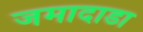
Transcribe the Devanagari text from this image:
जमादाडा